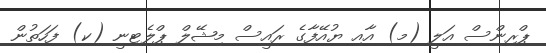
ޕްރިންސް އަލީ (މ) އާއި ޔުއޭފާގެ ރައީސް މިޝޭލް ޕްލެޓިނީ (ކ) ފަހަތުން